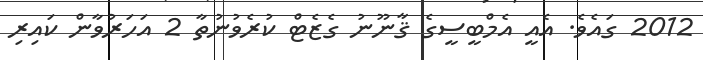
2012 ގައެވެ. އެއީ އެމްބީސީގެ ޤާނޫނު ގެޒެޓް ކުރެވުނުތާ 2 އަހަރުވާން ކައިރި